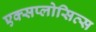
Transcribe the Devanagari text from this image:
एक्सप्लोसिव्स